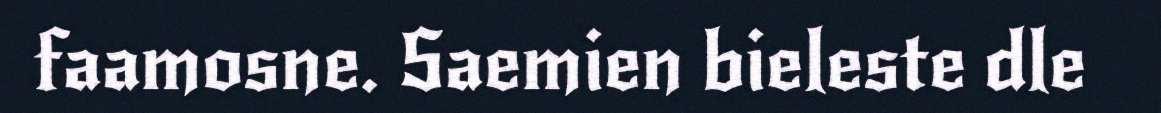
faamosne. Saemien bieleste dle